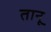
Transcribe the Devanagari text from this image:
तानू